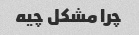
چرا مشکل چیه